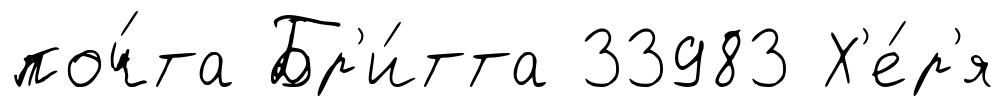
поч́та Бр'и́тта 33983 Х'е́р'я